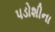
પડોશીના